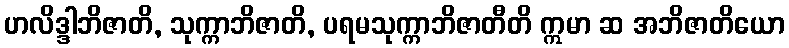
ဟလိဒ္ဒါဘိဇာတိ, သုက္ကာဘိဇာတိ, ပရမသုက္ကာဘိဇာတီတိ ဣမာ ဆ အဘိဇာတိယော